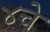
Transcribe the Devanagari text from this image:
४चे